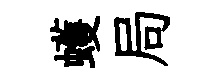
蠖局